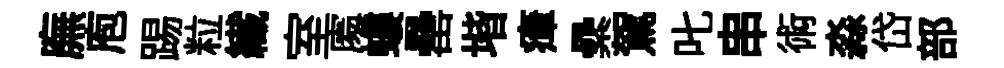
廡庖踢粒纎室𠁅螻罍堦瘴纍駕叱串術淼岱部